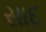
સાદ